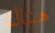
هناك